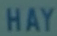
HAY